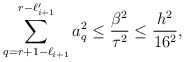
\begin{align*}\sum_{q=r+1-\ell_{i+1}}^{r-\ell_{i+1}'}a_q^2\leq \frac{\beta^2}{\tau^2}\leq \frac{h^2}{16^2},\end{align*}